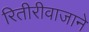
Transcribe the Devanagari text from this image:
रितीरीवाजाने